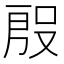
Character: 𭮱